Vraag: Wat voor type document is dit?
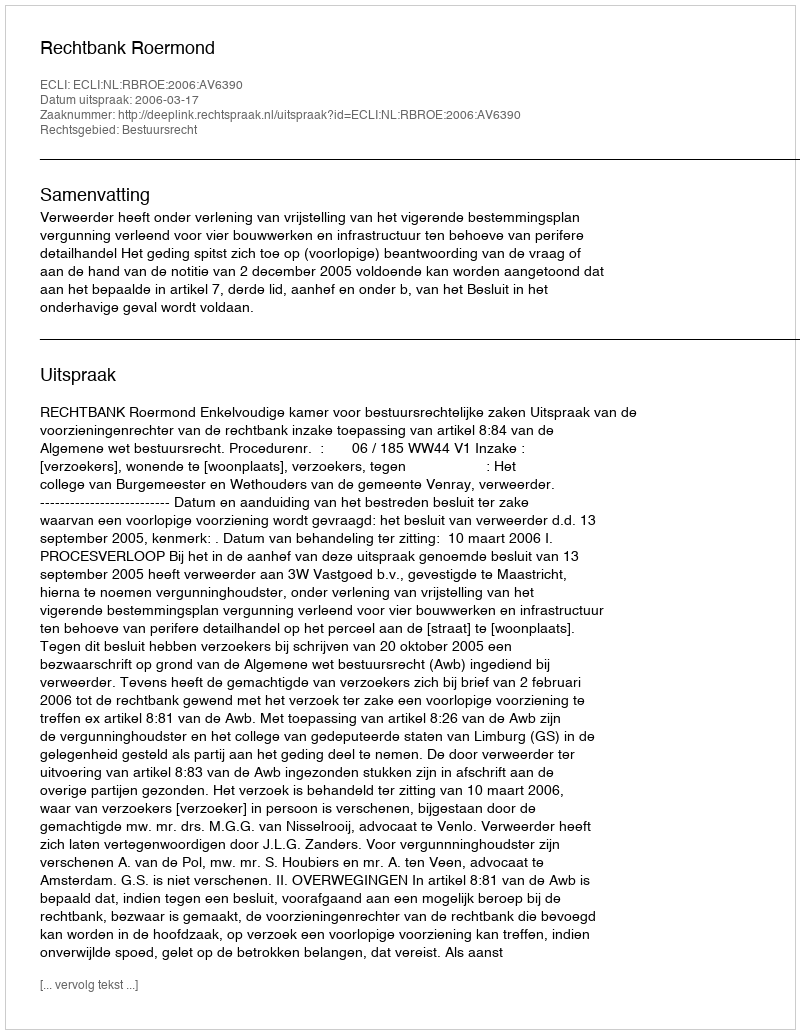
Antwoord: Uitspraak